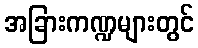
အခြားကဏ္ဍများတွင်